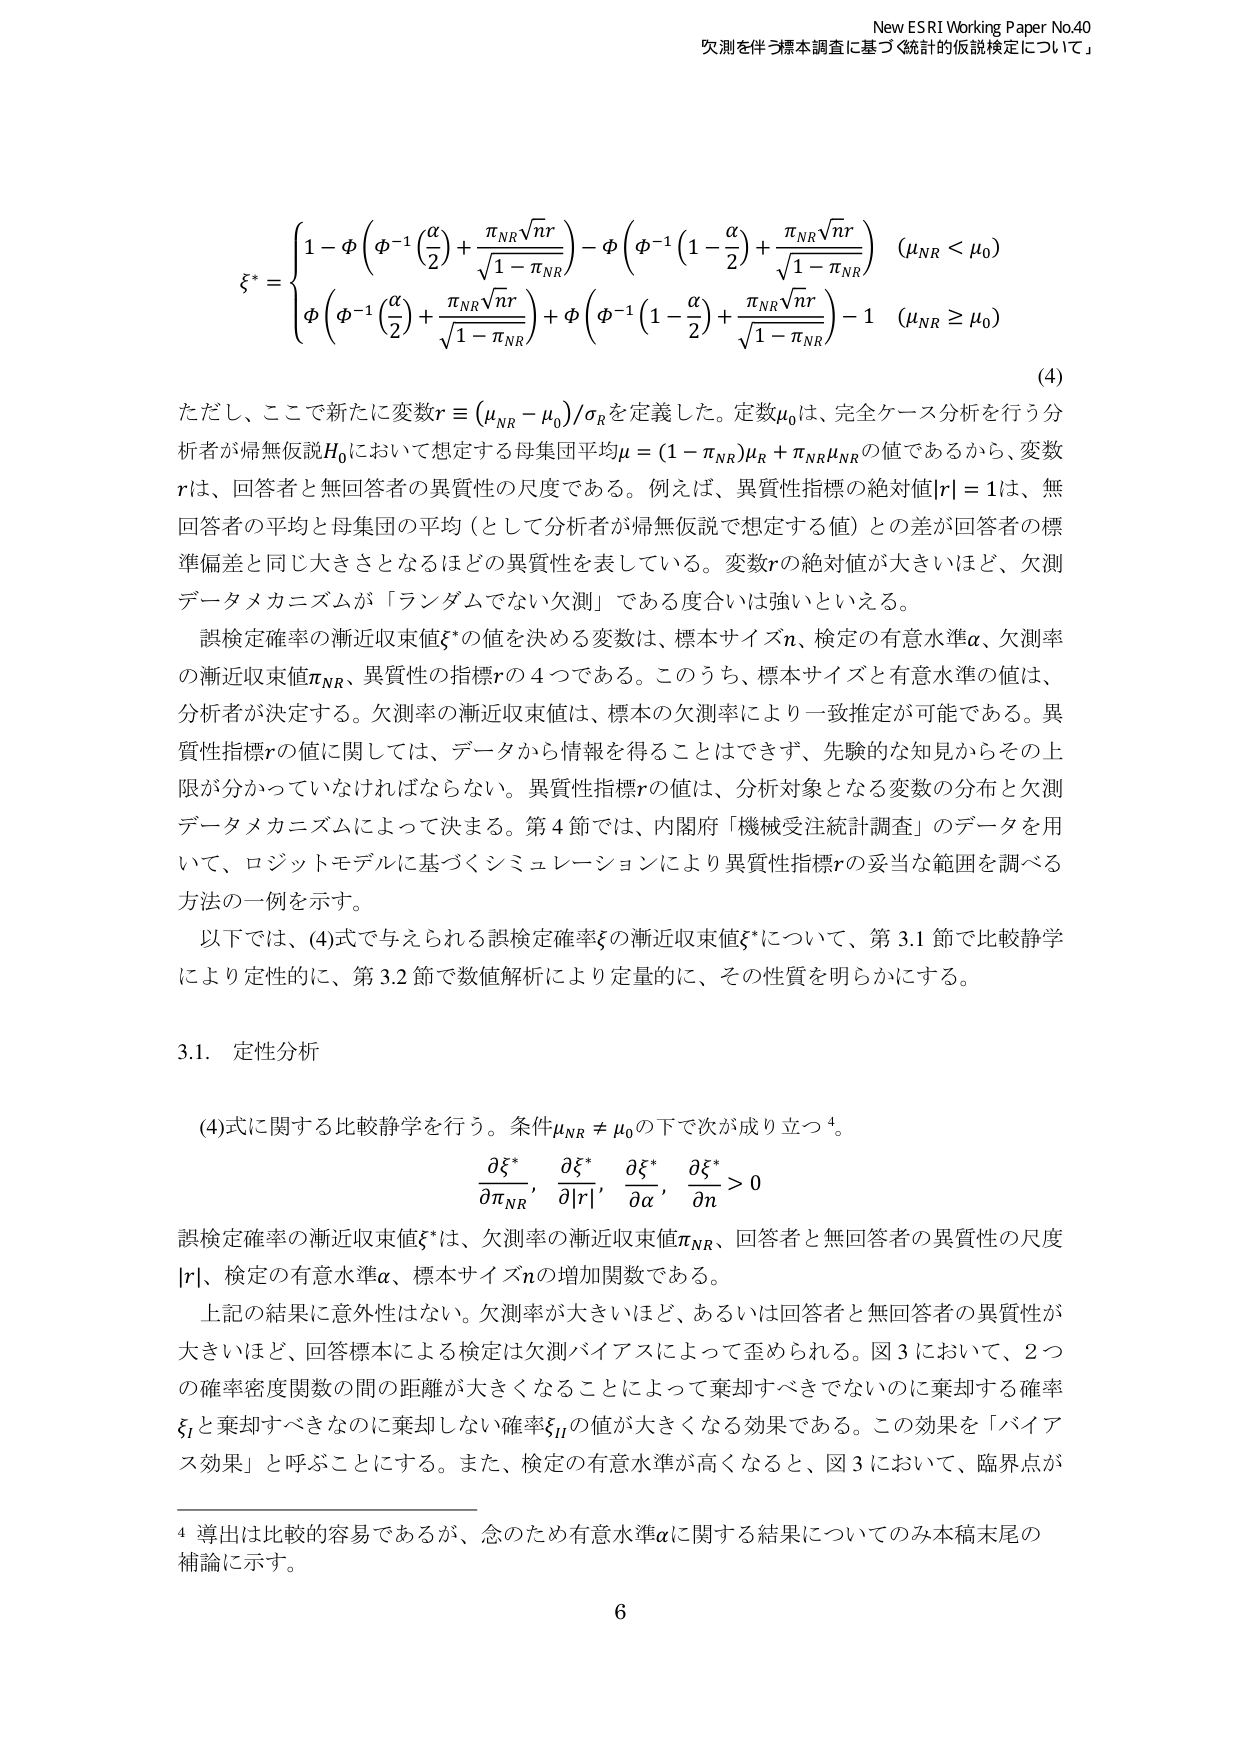
New ESRI Working Paper No.40
欠測を伴う標本調査に基づく統計的仮説検定について」

\[
\xi^* =
\begin{cases}
1 - \Phi\left( \Phi^{-1}\left( \dfrac{\alpha}{2} \right) + \dfrac{\pi_{NR}\sqrt{nr}}{\sqrt{1 - \pi_{NR}}} \right) - \Phi\left( \Phi^{-1}\left( 1 - \dfrac{\alpha}{2} \right) + \dfrac{\pi_{NR}\sqrt{nr}}{\sqrt{1 - \pi_{NR}}} \right) & (\mu_{NR} < \mu_0) \\
\Phi\left( \Phi^{-1}\left( \dfrac{\alpha}{2} \right) + \dfrac{\pi_{NR}\sqrt{nr}}{\sqrt{1 - \pi_{NR}}} \right) + \Phi\left( \Phi^{-1}\left( 1 - \dfrac{\alpha}{2} \right) + \dfrac{\pi_{NR}\sqrt{nr}}{\sqrt{1 - \pi_{NR}}} \right) - 1 & (\mu_{NR} \ge \mu_0)
\end{cases}
\tag{4}
\]

ただし、ここで新たに変数 \( r \equiv (\mu_{NR} - \mu_0)/\sigma_R \) を定義した。定数 \( \mu_0 \) は、完全ケース分析を行う分析者が帰無仮説 \( H_0 \) において想定する母集団平均 \( \mu = (1 - \pi_{NR})\mu_R + \pi_{NR}\mu_{NR} \) の値であるから、変数 \( r \) は、回答者と無回答者の異質性の尺度である。例えば、異質性指標の絶対値 \( |r| = 1 \) は、無回答者の平均と母集団の平均（として分析者が帰無仮説で想定する値）との差が回答者の標準偏差と同じ大きさとなるほどの異質性を表している。変数 \( r \) の絶対値が大きいほど、欠測データメカニズムが「ランダムでない欠測」である度合いは強いといえる。

誤検定確率の漸近収束値 \( \xi^* \) の値を決める変数は、標本サイズ \( n \)、検定の有意水準 \( \alpha \)、欠測率の漸近収束値 \( \pi_{NR} \)、異質性の指標 \( r \) の4つである。このうち、標本サイズと有意水準の値は、分析者が決定する。欠測率の漸近収束値は、標本の欠測率により一致推定が可能である。異質性指標 \( r \) の値に関しては、データから情報を得ることはできず、先験的な知見からその上限が分かっていなければならない。異質性指標 \( r \) の値は、分析対象となる変数の分布と欠測データメカニズムによって決まる。第4節では、内閣府「機械受注統計調査」のデータを用いて、ロジットモデルに基づくシミュレーションにより異質性指標 \( r \) の妥当な範囲を調べる方法の一例を示す。

以下では、(4)式で与えられる誤検定確率 \( \xi \) の漸近収束値 \( \xi^* \) について、第3.1節で比較静学により定性的に、第3.2節で数値解析により定量的に、その性質を明らかにする。

3.1. 定性分析

(4)式に関する比較静学を行う。条件 \( \mu_{NR} \ne \mu_0 \) の下で次が成り立つ⁴。

\[
\dfrac{\partial \xi^*}{\partial \pi_{NR}}, \quad \dfrac{\partial \xi^*}{\partial |r|}, \quad \dfrac{\partial \xi^*}{\partial \alpha}, \quad \dfrac{\partial \xi^*}{\partial n} > 0
\]

誤検定確率の漸近収束値 \( \xi^* \) は、欠測率の漸近収束値 \( \pi_{NR} \)、回答者と無回答者の異質性の尺度 \( |r| \)、検定の有意水準 \( \alpha \)、標本サイズ \( n \) の増加関数である。

上記の結果に意外性はない。欠測率が大きいほど、あるいは回答者と無回答者の異質性が大きいほど、回答標本による検定は欠測バイアスによって歪められる。図3において、2つの確率密度関数の間の距離が大きくなることによって棄却すべきでないのに棄却する確率 \( \xi_I \) と棄却すべきなのに棄却しない確率 \( \xi_{II} \) の値が大きくなる効果である。この効果を「バイアス効果」と呼ぶことにする。また、検定の有意水準が高くなると、図3において、臨界点が

⁴ 導出は比較的容易であるが、念のため有意水準 \( \alpha \) に関する結果についてのみ本稿末尾の補論に示す。

6